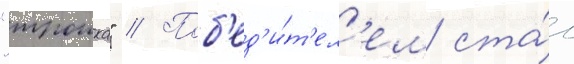
"троика" // Поб'ед'и́т'ел'ем ста́л